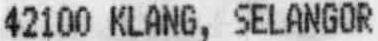
42100 KLANG, SELANGOR